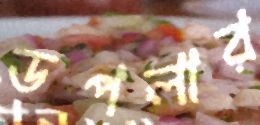
ডপলার